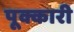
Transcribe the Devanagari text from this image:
पूक्कारी